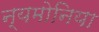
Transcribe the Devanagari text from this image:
न्यमोनिया